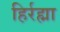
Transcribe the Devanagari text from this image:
हिर्रह्मा